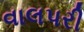
વાલપરી